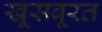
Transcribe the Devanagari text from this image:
खूसबूरत